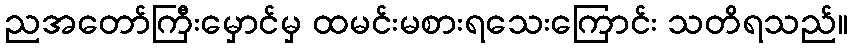
ညအတော်ကြီးမှောင်မှ ထမင်းမစားရသေးကြောင်း သတိရသည်။